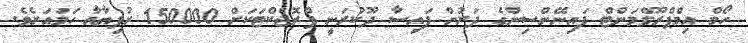
ހޯމް އިމްޕްރޫވްމަންޓް ފައިނޭންސިންގެ ދަށުން ފައިސާ ދޫކުރަނީ ޕްރޮޖެކްޓަކަށް 150000 ރުފިޔާއާ ހަމައަށެވެ.